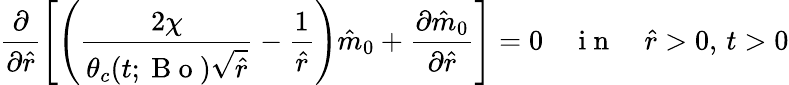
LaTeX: \frac{\partial}{\partial\hat{r}}\left[\left(\frac{2\chi}{\theta_{c}(t;\mathrm{~B~o~})\sqrt{\hat{r}}}-\frac{1}{\hat{r}}\right)\hat{m}_{0}+\frac{\partial\hat{m}_{0}}{\partial\hat{r}}\right]=0\quad\mathrm{~i~n~}\quad\hat{r}>0,\, t>0